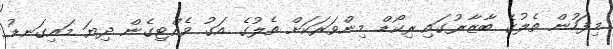
މިފަހުން ތެލުގެ ބާޒާރުގައި ރިކޯޑް މިންވަރަކަށް ތެލުގެ އަގު ވެއްޓިގެން ދިޔަ މައިގަނޑު